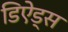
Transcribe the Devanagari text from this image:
डिऐड्स